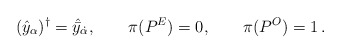
\begin{align*}(\hat{y}_\alpha )^\dagger =\hat{\bar{y}}_{\dot{\alpha}},\qquad \pi (P^E)=0,\qquad \pi (P^O )=1\,.\end{align*}